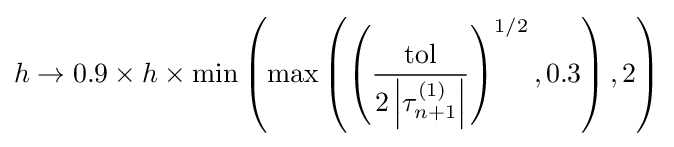
h\rightarrow 0.9\times h\times \min \left(\max \left(\left({\frac {\text{tol}}{2\left|\tau _{n+1}^{(1)}\right|}}\right)^{1/2},0.3\right),2\right)